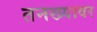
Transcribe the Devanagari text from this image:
तनख्यावर